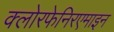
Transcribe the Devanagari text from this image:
क्लोरफेनिरएमाइन